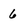
Character: 6